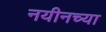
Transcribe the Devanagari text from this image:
नयीनच्या